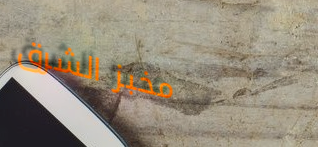
مخبز الشرق